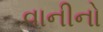
વાનીનો